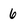
Character: 6